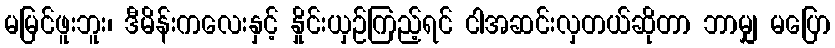
မမြင်ဖူးဘူး၊ ဒီမိန်းကလေးနှင့် နှိုင်းယှဉ်ကြည့်ရင် ငါအဆင်းလှတယ်ဆိုတာ ဘာမျှ မပြော